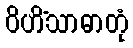
ဝိဟိံသာဓာတုံ